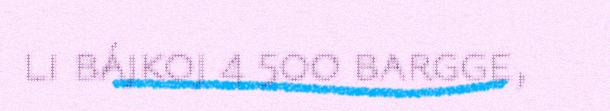
li bájkoj 4 500 bargge,